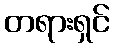
တရားရှင်